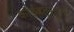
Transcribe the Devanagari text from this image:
कोईंबतूरहून